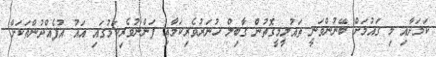
ކަމަށާއި މި ގައުމަށް ބޭނުންވަނީ ތައުލީމީގޮތުން ގާބިލް ހުނަރުވެރިކަމާއި ފަންނުވެރިކަމުގައި އައު އުފެއްދުންތަކަށް